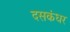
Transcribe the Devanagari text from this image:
दसकंधर